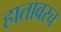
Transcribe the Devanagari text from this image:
हातावरच